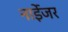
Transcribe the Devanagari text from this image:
नाईेजर